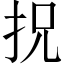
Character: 抧